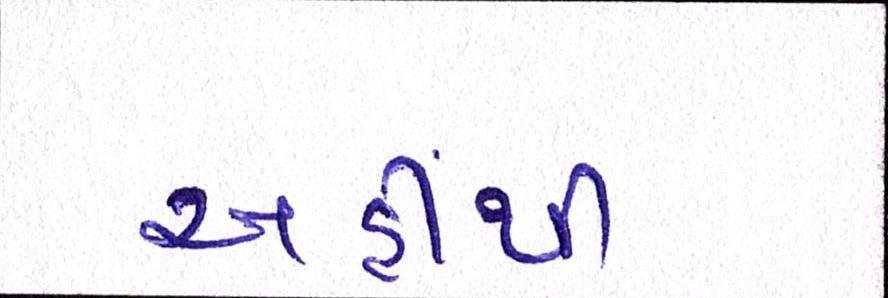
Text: અહીંથી